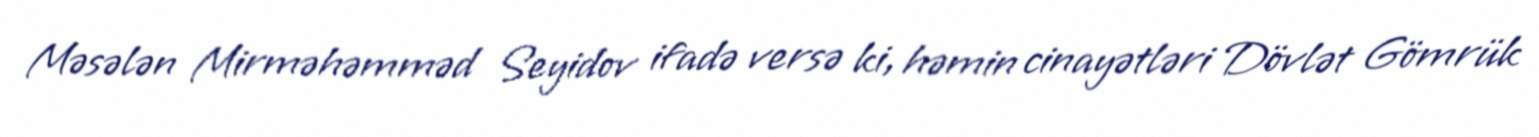
Məsələn Mirməhəmməd Seyidov ifadə versə ki, həmin cinayətləri Dövlət Gömrük